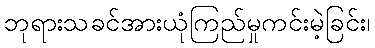
ဘုရားသခင်အားယုံကြည်မှုကင်းမဲ့ခြင်း၊